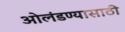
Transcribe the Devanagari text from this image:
ओलंडण्यासाठी